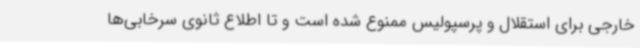
خارجی برای استقلال و پرسپولیس ممنوع شده است و تا اطلاع ثانوی سرخابی‌ها